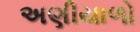
અણીયાળો